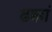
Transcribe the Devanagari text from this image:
ढक्कां